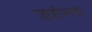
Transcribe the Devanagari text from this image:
जाडीभरडी